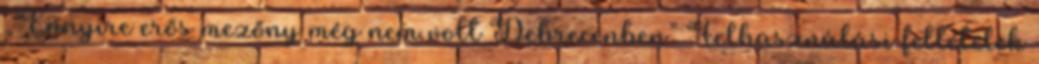
„Ennyire erős mezőny még nem volt Debrecenben” Felhasználási feltételek